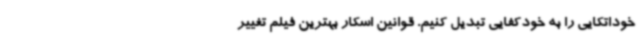
خوداتکایی را به خودکفایی تبدیل کنیم. قوانین اسکار بهترین فیلم تغییر